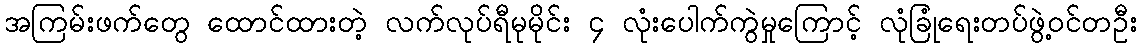
အကြမ်းဖက်တွေ ထောင်ထားတဲ့ လက်လုပ်ရီမုမိုင်း ၄ လုံးပေါက်ကွဲမှုကြောင့် လုံခြုံရေးတပ်ဖွဲ့ဝင်တဦး